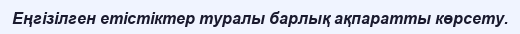
Еңгізілген етістіктер туралы барлық ақпаратты көрсету.